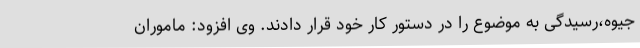
جیوه،رسیدگی به موضوع را در دستور کار خود قرار دادند. وی افزود: ماموران